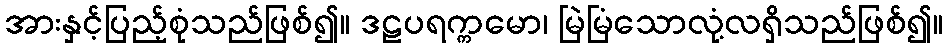
အားနှင့်ပြည့်စုံသည်ဖြစ်၍။ ဒဠပရက္ကမော၊ မြဲမြံသောလုံ့လရှိသည်ဖြစ်၍။